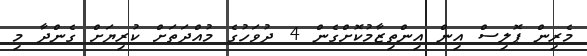
މެރިން ޕޮލިސް އިން އިންތިޒާމުކޮށްގެން 4 ދުވަހުގެ މުއްދަތަށް ކުރިޔަށް ގެންދާ މި